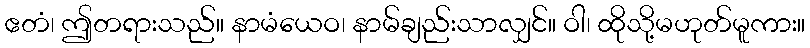
ဧတံ၊ ဤတရားသည်။ နာမံယေဝ၊ နာမ်ချည်းသာလျှင်။ ဝါ၊ ထိုသို့မဟုတ်မူကား။